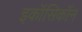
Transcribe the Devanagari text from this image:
इकॉसिकॉन